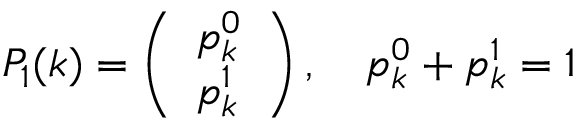
P _ { 1 } ( k ) = \left( \begin{array} { l } { p _ { k } ^ { 0 } } \\ { p _ { k } ^ { 1 } } \end{array} \right) , \quad p _ { k } ^ { 0 } + p _ { k } ^ { 1 } = 1